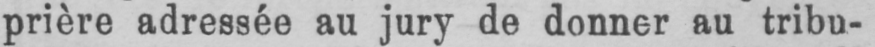
prière adressée au jury de donner au tribu-